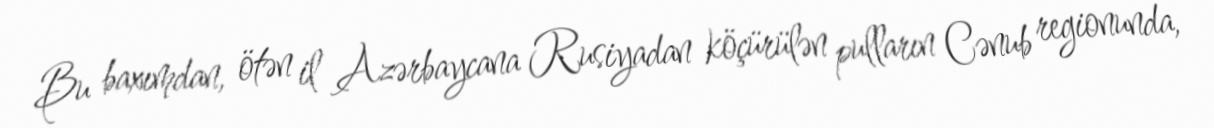
Bu baxımdan, ötən il Azərbaycana Rusiyadan köçürülən pulların Cənub regionunda,